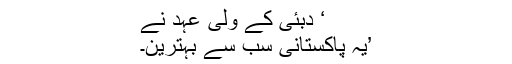
‘ دبئی کے ولی عہد نے
’یہ پاکستانی سب سے بہترین۔